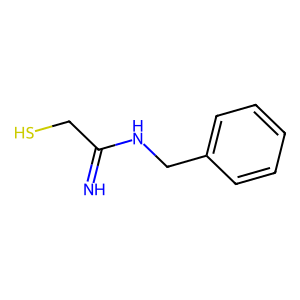
SMILES: N=C(CS)NCc1ccccc1
Inhibits HIV replication: No